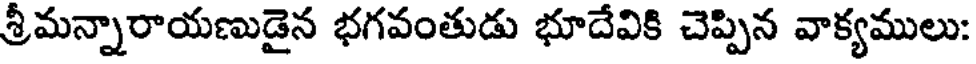
శ్రీమన్నారాయణుడైన భగవంతుడు భూదేవికి చెప్పిన వాక్యములు: